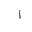
Letter: _alif